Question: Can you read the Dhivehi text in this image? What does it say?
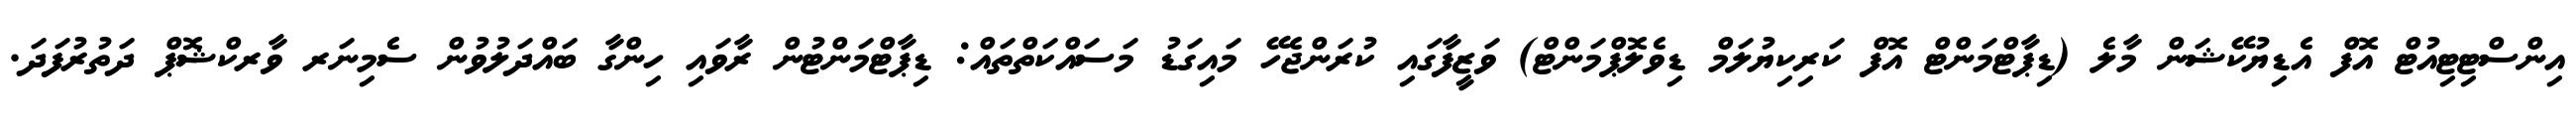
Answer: އިންސްޓިޓިއުޓް އޮފް އެޑިޔުކޭޝަން މާލެ (ޑިޕާޓްމަންޓް އޮފް ކަރިކިޔުލަމް ޑިވެލޮޕްމަންޓް) ވަޒީފާގައި ކުރަންޖެހޭ މައިގަޑު މަސައްކަތްތައް: ޑިޕާޓްމަންޓުން ރާވައި ހިންގާ ބައްދަލުވުން ސެމިނަރ ވާރކްޝޮޕް ދަތުރުފަދަ.